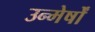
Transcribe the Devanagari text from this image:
उन्मेर्षों